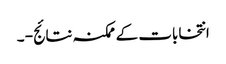
انتخابات کے ممکنہ نتائج - ۔